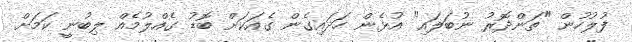
ފުލުހުން "ތަންދޮރު ނުބަލައި" އުޅެން ހަދައިގެން ގެއަކަށް ބޮޑު ގެއްލުމެއް ލިބުނީ ކަމަށް